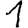
Digit: 1